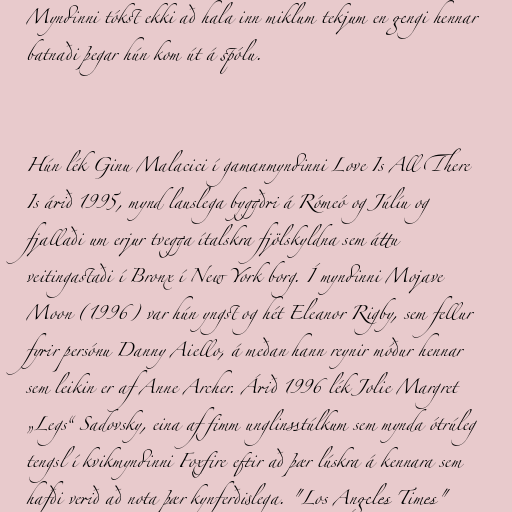
Myndinni tókst ekki að hala inn miklum tekjum en gengi hennar
batnaði þegar hún kom út á spólu.

Hún lék Ginu Malacici í gamanmyndinni Love Is All There
Is árið 1995, mynd lauslega byggðri á Rómeó og Júlíu og
fjallaði um erjur tvegga ítalskra fjölskyldna sem áttu
veitingastaði í Bronx í New York borg. Í myndinni Mojave
Moon (1996) var hún yngst og hét Eleanor Rigby, sem fellur
fyrir persónu Danny Aiello, á meðan hann reynir móður hennar
sem leikin er af Anne Archer. Árið 1996 lék Jolie Margret
„Legs“ Sadovsky, eina af fimm unglinsstúlkum sem mynda ótrúleg
tengsl í kvikmyndinni Foxfire eftir að þær lúskra á kennara sem
hafði verið að nota þær kynferðislega. "Los Angeles Times"